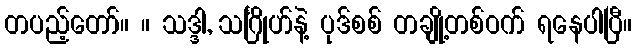
တပည့်တော်။ ။ သဒ္ဒါ, သင်္ဂြိုဟ်နဲ့ ပုဒ်စစ် တချို့တစ်ဝက် ရနေပါပြီ။